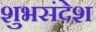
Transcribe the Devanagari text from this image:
शुभसंदेश